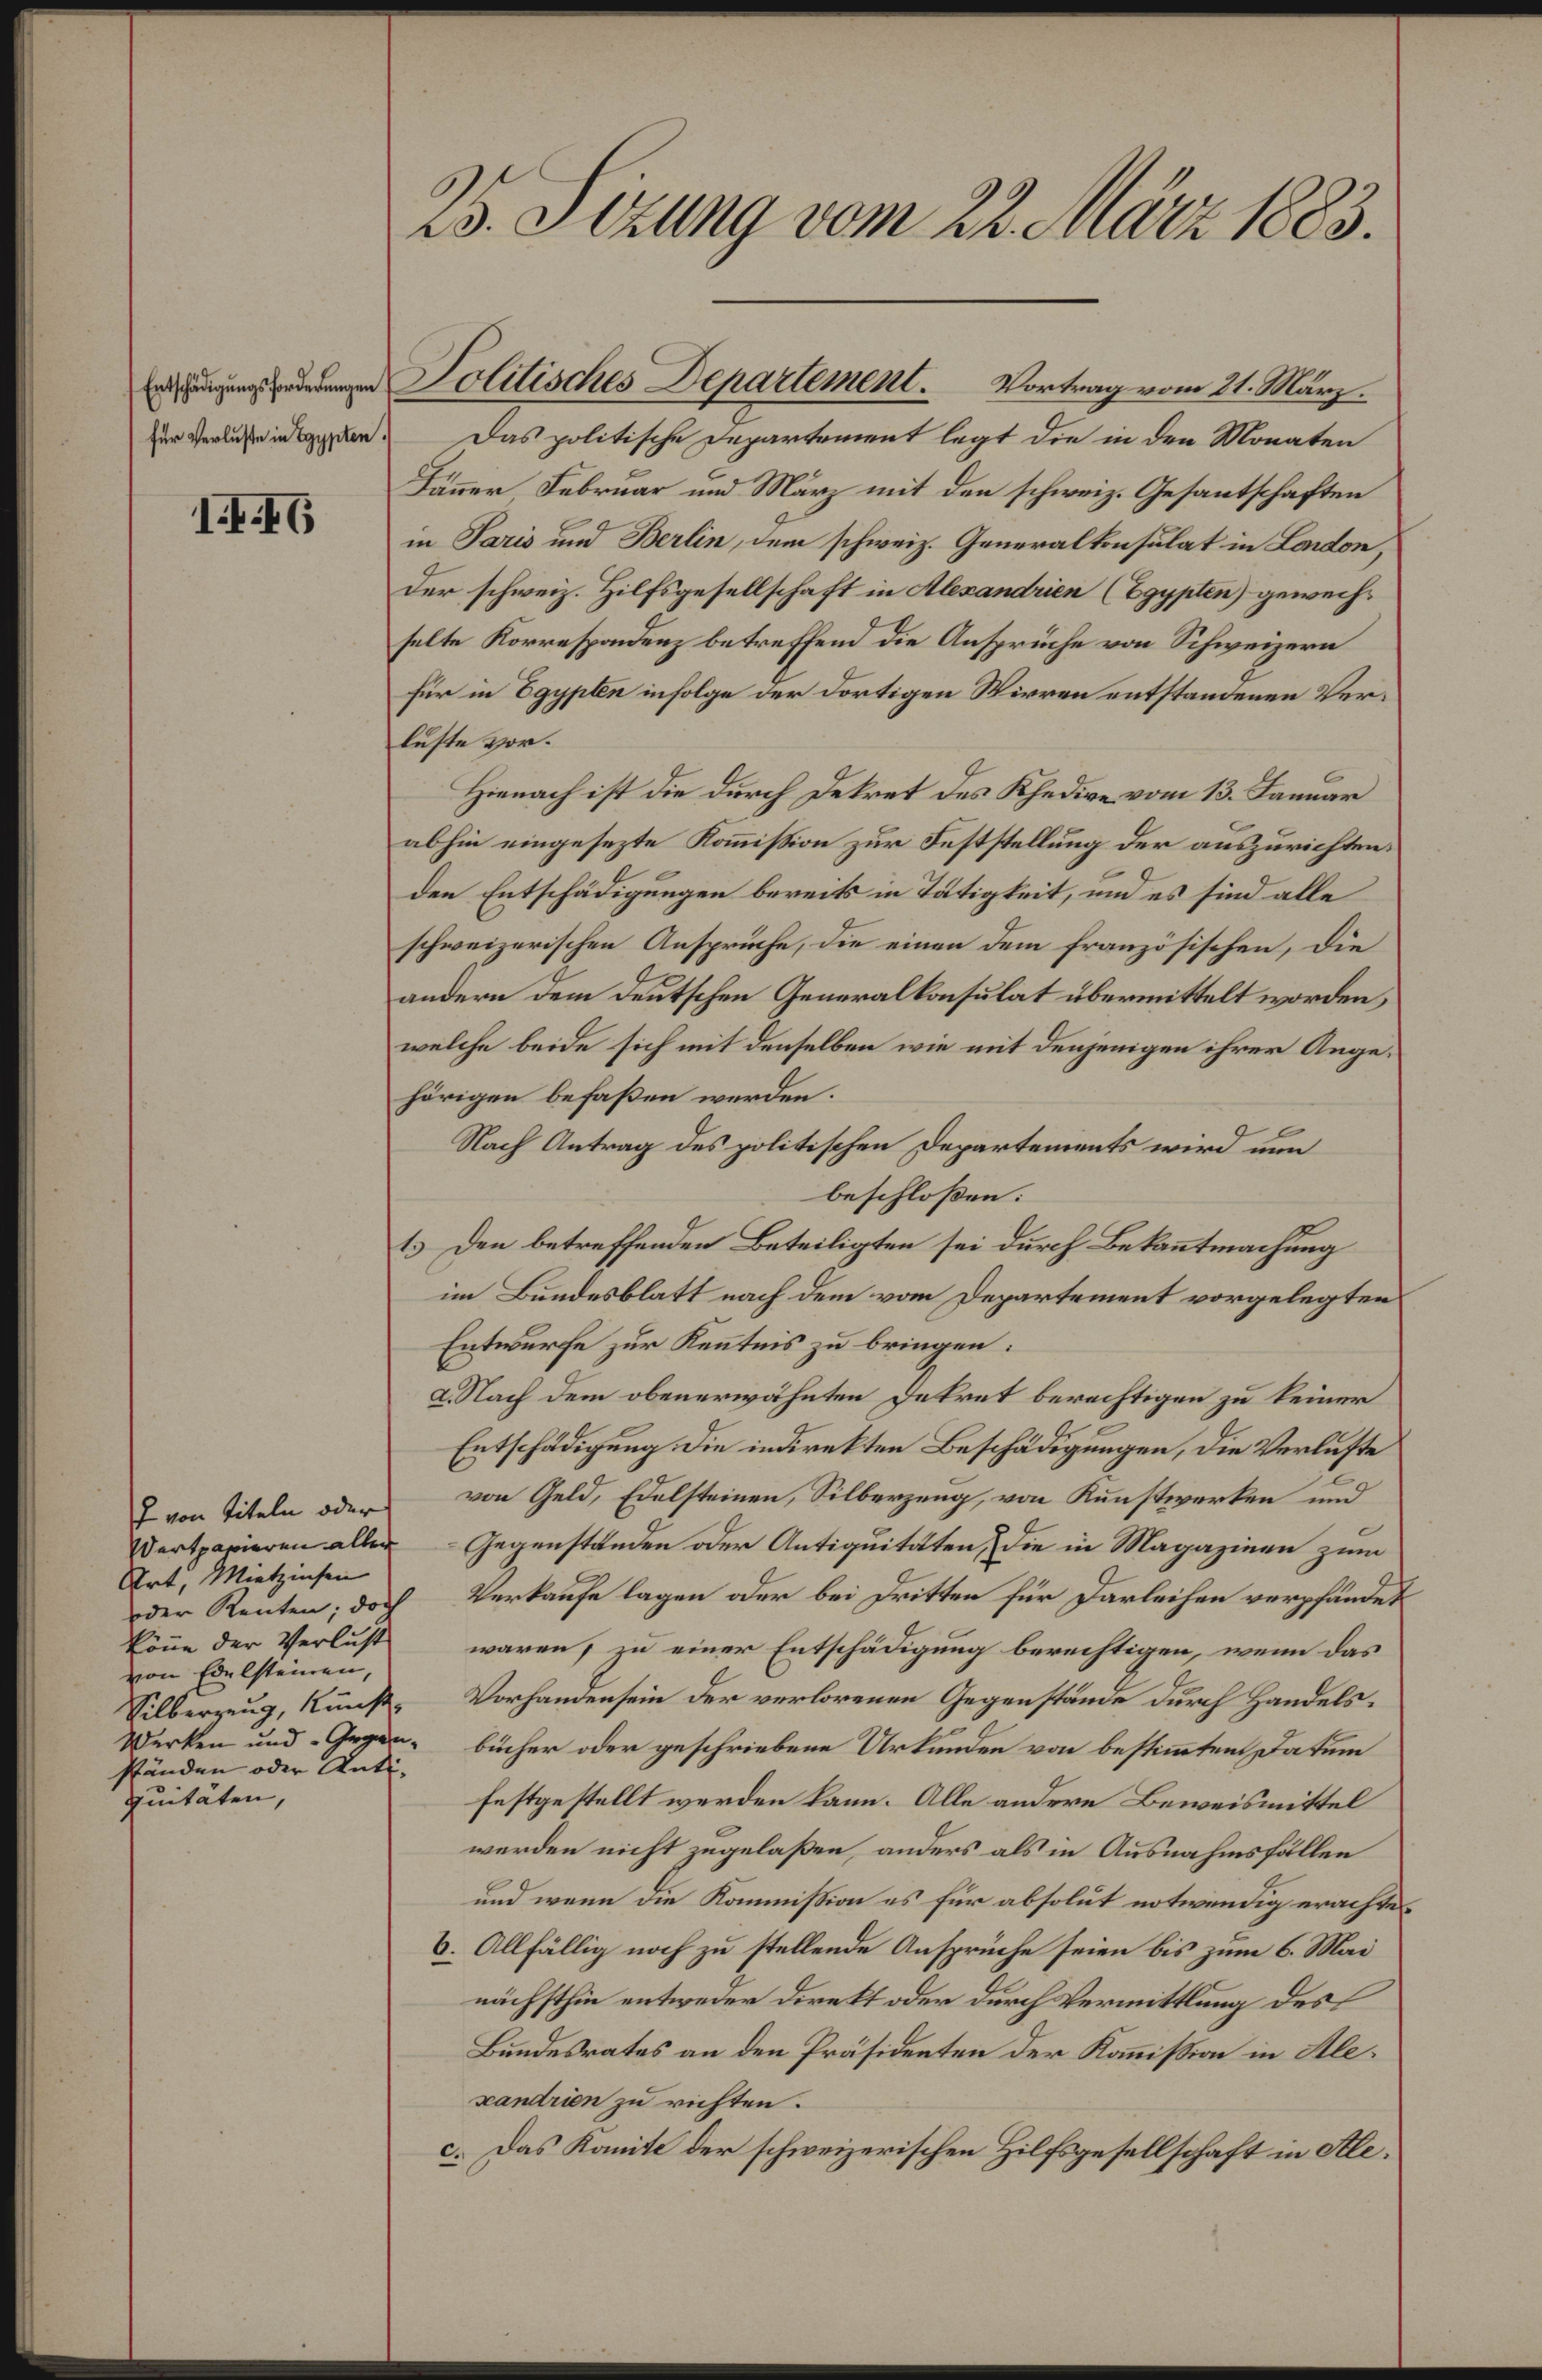
III6

Art, Mietzinsen
von Edelsteinen,
ständen oder Anti- |
quitäten,

B3. Sizung vom 22. März 1883.

zur Verlasse in gegen. Das politische Departement legt die in den Monaten
Dänner Februar und März mit den schweiz. Gesantschaften
in Paris und Berlin, dem schweiz. Generalkonsulat in London,
der schweiz. Hilfsgesellschaft in Alexandrien (Egypten) gewechselte Korrespondenz betreffend die Ansprüche von Schweizern
für in Egypten infolge der dortigen Wirren entstandenen Verluste vor.
Hienach ist die durch Dekret des Khedive vom 13. Januar
abhin eingesezte Kommission zur Feststellung der auszurichten.
den Entschädigungen bereits in Tätigkeit, und es sind alle
schweizerischen Anspruche, die einen dem französischen, die
andern dem Deutschen Generalkonsulat übermittelt worden,
welche beide sich mit denselben wie mit denjenigen ihrer Angehörigen befaßen werden.
Nach Antrag des politischen Departements wird nun
beschloßen:
1.) Den betreffenden Beteiligten sei durch Bekanntmachung
im Bundesblatt nach dem vom Departement vorgelegten
Entwurfe zur Kenntnis zu bringen:
2. Nach dem obenerwähnten Dekret berechtigen zu keiner
Entschädigung die indirekten Beschädigungen, die Verluste
7 von Titeln oder von Geld, Edelsteinen, Silberzung, von Kunstwerken und
Dertpapieren allen Gegenständen oder Antiquitäten, die in Magazinen zum
der Renten; doch Verkaufe lagen oder bei Dritten für Darleihen verpfändet
könne der Verlust waren, zu einer Entschädigung berechtigen, wenn das
Silberzeug, künfte Vorhandensein der verlorenen Gegenstände durch Handels¬
Werken und Gegen bücher oder geschriebene Urkunden von bestimmten Datum
festgestellt werden kann. Alle andere Beweismittel
werden nicht zugelaßen, anders als in Ausnahmsfällen
und wenn die Kommission es für absolut notwendig erachte.
6. Allfällig noch zu stellende Ansprüche seien bis zum 6. Mai
nächsthin entweder Direkt oder durch Vermittlung des
Bundesrates an den Präsidenten der Kommission in Alexandrien zu richten.
c. Das Komite der schweizerischen Hilfsgesellschaft in Ale¬

Politisches Departement.          Vortrag vom 21. März.